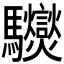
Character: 𩧟